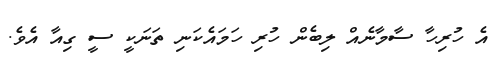
އެ ހުރިހާ ސާމާނެއް ލިބެން ހުރި ހަމައެކަނި ތަނަކީ ސީ ގިއާ އެވެ.